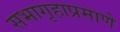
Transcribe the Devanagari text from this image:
सभागृहाप्रमाणे